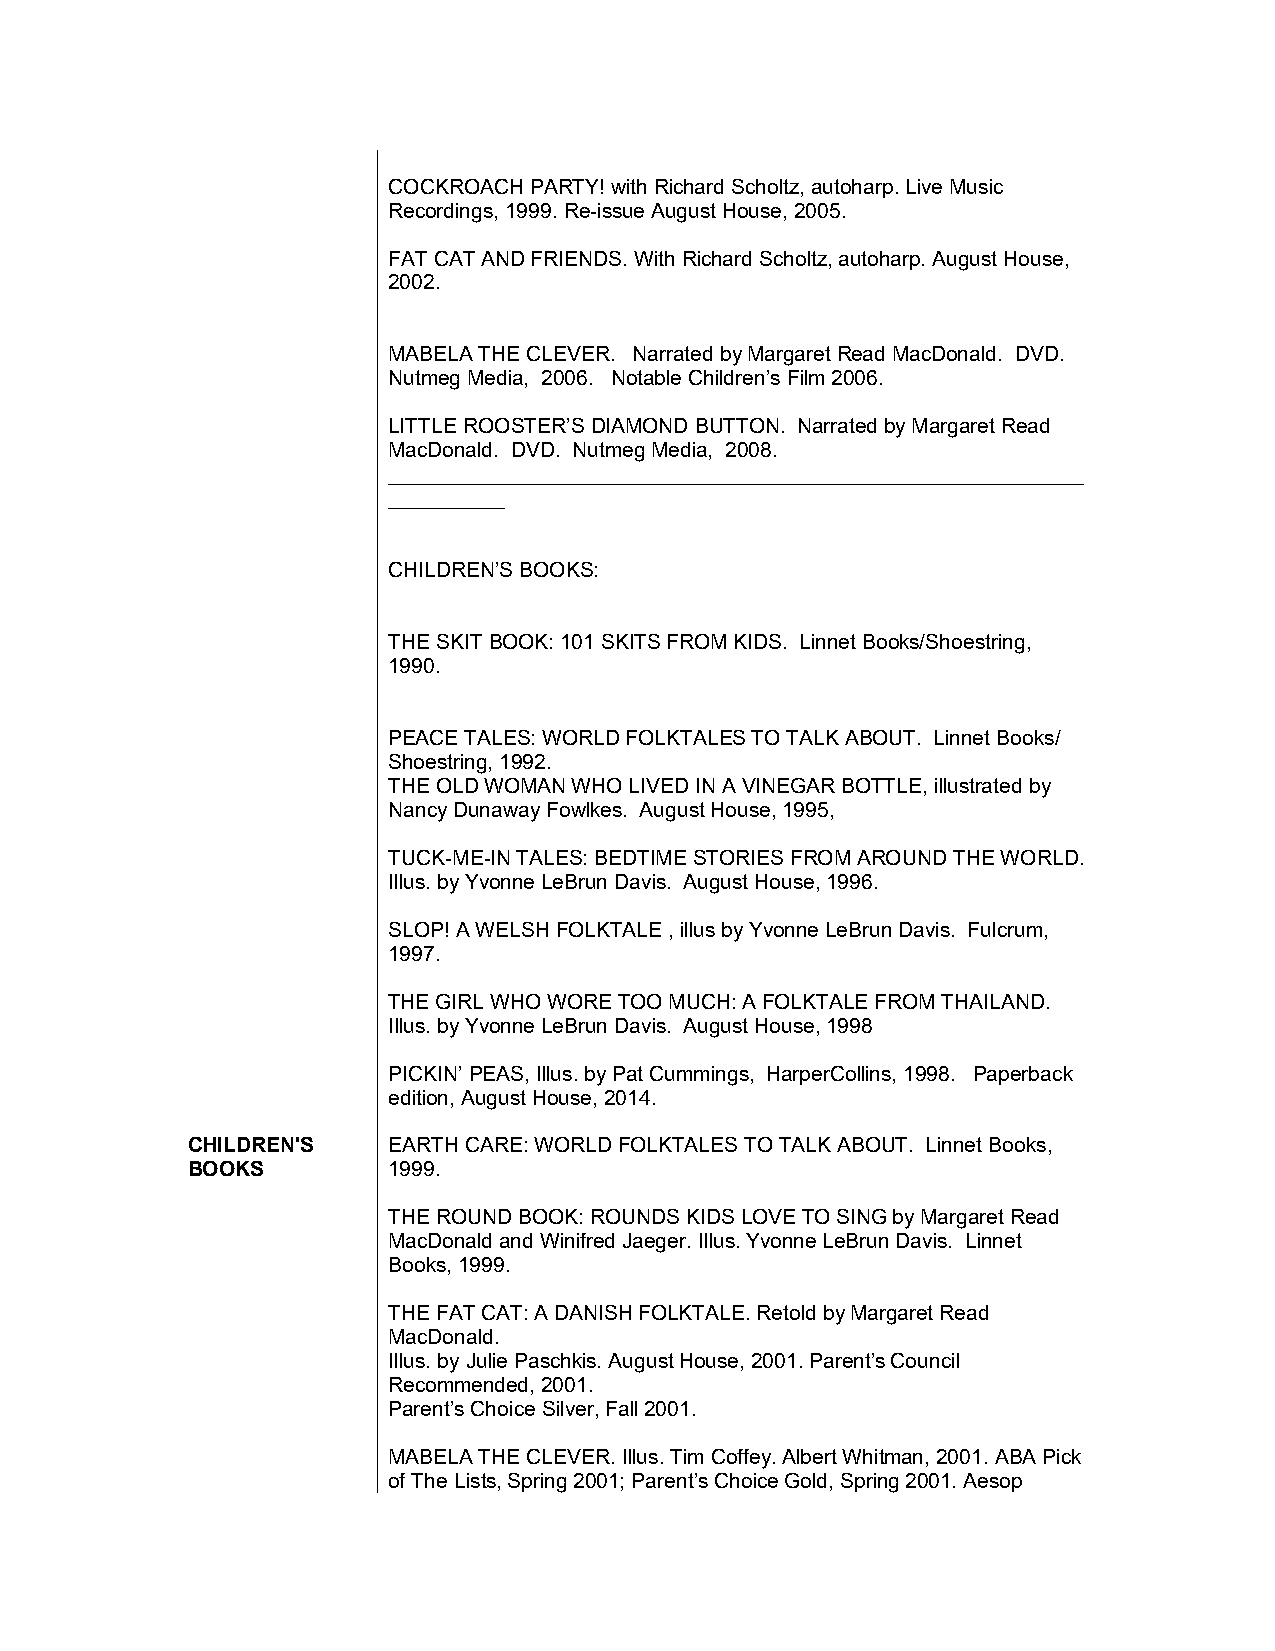
COCKROACH PARTY! with Richard Scholtz, autoharp. Live Music
 Recordings, 1999. Re-issue August House, 2005.
 FAT CAT AND FRIENDS. With Richard Scholtz, autoharp. August House,
 2002.
 MABELA THE CLEVER. Narrated by Margaret Read MacDonald. DVD.
 Nutmeg Media, 2006. Notable Children’s Film 2006.
 LITTLE ROOSTER’S DIAMOND BUTTON. Narrated by Margaret Read
 MacDonald. DVD. Nutmeg Media, 2008.
 ____________________________________________________________
 __________
 CHILDREN’S BOOKS:
 THE SKIT BOOK: 101 SKITS FROM KIDS. Linnet Books/Shoestring,
 1990.
 PEACE TALES: WORLD FOLKTALES TO TALK ABOUT. Linnet Books/
 Shoestring, 1992.
 THE OLD WOMAN WHO LIVED IN A VINEGAR BOTTLE, illustrated by
 Nancy Dunaway Fowlkes. August House, 1995,
 TUCK-ME-IN TALES: BEDTIME STORIES FROM AROUND THE WORLD.
 Illus. by Yvonne LeBrun Davis. August House, 1996.
 SLOP! A WELSH FOLKTALE , illus by Yvonne LeBrun Davis. Fulcrum,
 1997.
 THE GIRL WHO WORE TOO MUCH: A FOLKTALE FROM THAILAND.
 Illus. by Yvonne LeBrun Davis. August House, 1998
 PICKIN’ PEAS, Illus. by Pat Cummings, HarperCollins, 1998. Paperback
 edition, August House, 2014.
 CHILDREN'S    EARTH CARE: WORLD FOLKTALES TO TALK ABOUT. Linnet Books,
 BOOKS         1999.
 THE ROUND BOOK: ROUNDS KIDS LOVE TO SING by Margaret Read
 MacDonald and Winifred Jaeger. Illus. Yvonne LeBrun Davis. Linnet
 Books, 1999.
 THE FAT CAT: A DANISH FOLKTALE. Retold by Margaret Read
 MacDonald.
 Illus. by Julie Paschkis. August House, 2001. Parent’s Council
 Recommended, 2001.
 Parent’s Choice Silver, Fall 2001.
 MABELA THE CLEVER. Illus. Tim Coffey. Albert Whitman, 2001. ABA Pick
 of The Lists, Spring 2001; Parent’s Choice Gold, Spring 2001. Aesop